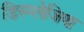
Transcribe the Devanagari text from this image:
डिस्प्लेजिया